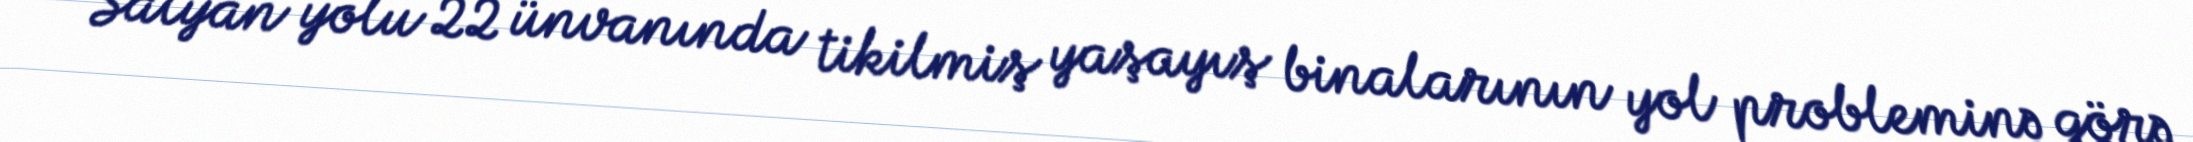
Salyan yolu 22 ünvanında tikilmiş yaşayış binalarının yol probleminə görə